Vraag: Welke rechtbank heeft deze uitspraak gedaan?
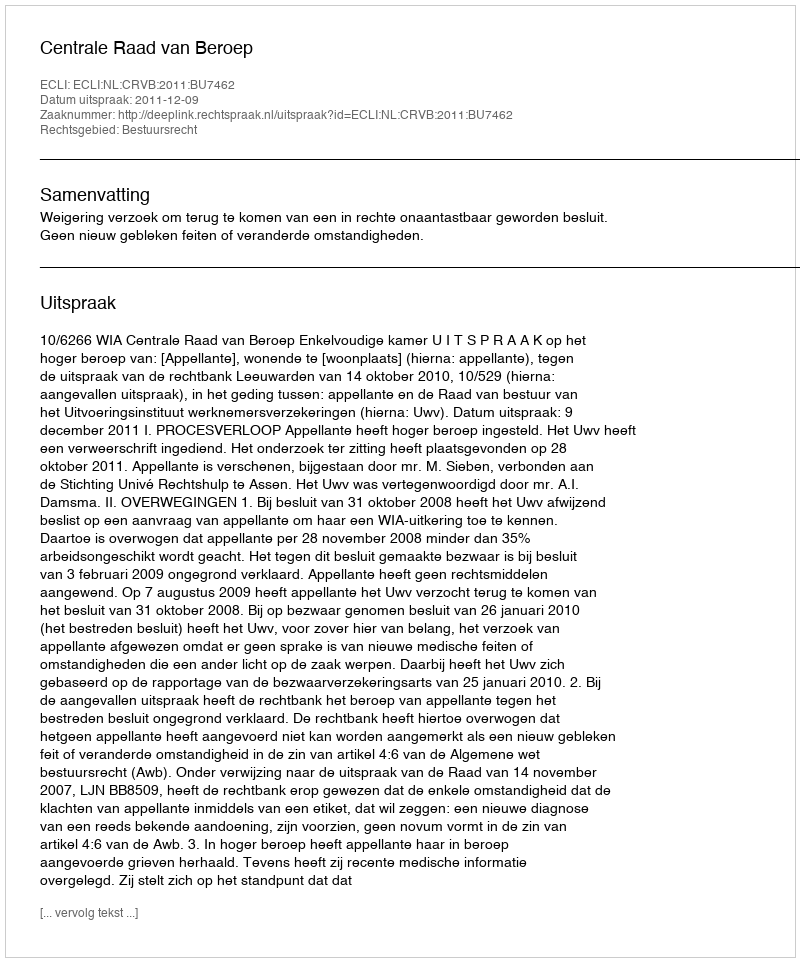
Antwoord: Centrale Raad van Beroep